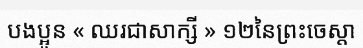
បងប្អូន « ឈរជាសាក្សី » ១២នៃព្រះចេស្តា